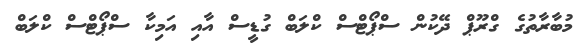
މުބާރާތުގެ ގްރޫޕް ދޭކުން ސްޕޯޓްސް ކްލަބް ގުޑީސް އާއި އަމިކާ ސްޕޯޓްސް ކްލަބް